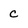
Character: c